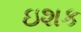
ઇશક